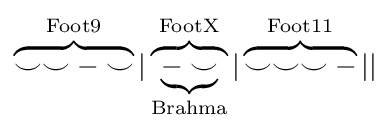
\overbrace {\smile \smile -\smile } ^{\mathrm {Foot9} }|\overbrace {\underbrace {-\smile } _{\mathrm {Brahma} }} ^{\mathrm {FootX} }|\overbrace {\smile \smile \smile -} ^{\mathrm {Foot11} }||